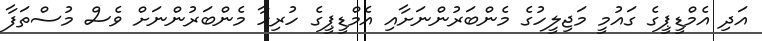
އަދި އެމްޑީޕީގެ ގައުމީ މަޖިލީހުގެ މެންބަރުންނަށާއި އެމްޑީޕީގެ ހުރިހާ މެންބަރުންނަށް ވެސް މުސްތަފާ